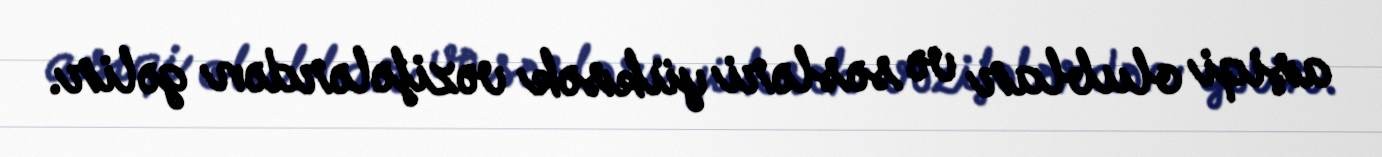
aşiqi olublar və səsləri yüksək vəzifələrdən gəlir.